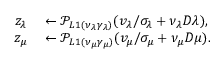
\begin{array} { r l } { z _ { \lambda } } & { { } \leftarrow \mathcal { P } _ { L 1 ( \nu _ { \lambda } \gamma _ { \lambda } ) } ( v _ { \lambda } / \sigma _ { \lambda } + \nu _ { \lambda } D \lambda ) , } \\ { z _ { \mu } } & { { } \leftarrow \mathcal { P } _ { L 1 ( \nu _ { \mu } \gamma _ { \mu } ) } ( v _ { \mu } / \sigma _ { \mu } + \nu _ { \mu } D \mu ) . } \end{array}